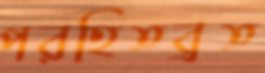
পরহিতব্রত